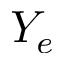
Y _ { e }